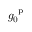
g _ { 0 } ^ { \mathrm { ~ p ~ } }